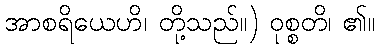
အာစရိယေဟိ၊ တို့သည်။) ဝုစ္စတိ၊ ၏။